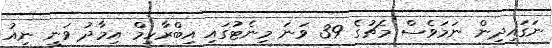
ނަގައިދިން ނަމަވެސް މެޗުގެ 39 ވަނަ މިނެޓުގައި އިބްރާހިމް އިމާދު ވަނީ ނިއު